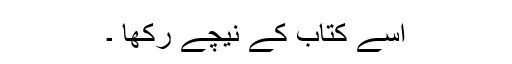
اسے کتاب کے نیچے رکھا ۔